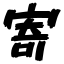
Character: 寄